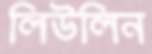
লিউলিন